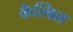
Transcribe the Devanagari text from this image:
कैस्विल